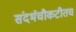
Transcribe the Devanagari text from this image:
संदर्भचौकटीतच